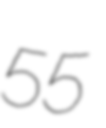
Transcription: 55